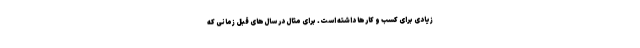
زیادی برای کسب و کارها داشته است. برای مثال در سال‌های قبل زمانی که